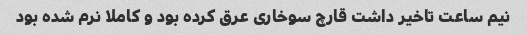
نیم ساعت تاخیر داشت قارچ سوخاری عرق کرده بود و کاملا نرم شده بود